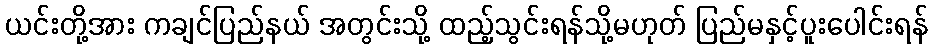
ယင်းတို့အား ကချင်ပြည်နယ် အတွင်းသို့ ထည့်သွင်းရန်သို့မဟုတ် ပြည်မနှင့်ပူးပေါင်းရန်